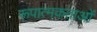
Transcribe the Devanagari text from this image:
रूपात्मकताओं